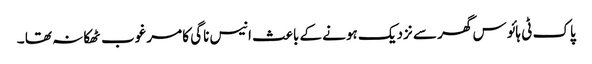
پاک ٹی ہائوس گھر سے نزدیک ہونے کے باعث انیس ناگی کا مرغوب ٹھکانہ تھا ۔